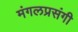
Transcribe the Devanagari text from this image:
मंगलप्रसंगी